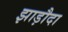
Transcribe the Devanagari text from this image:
झाड़ौदा